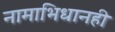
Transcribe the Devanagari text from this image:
नामाभिधानही